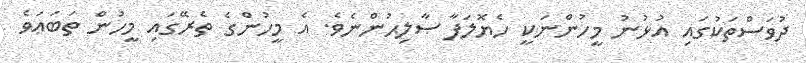
ދުވަސްތަކުގައި އުޅުނު މީހުންނަކީ ހެޔޮލަފާ ޞާލިޙުންނެވެ. އެ މީހުންގެ ތެރޭގައި މީހުން ތަބަޢަވެ